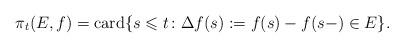
LaTeX: \begin{align*}\pi_t(E, f) = {\rm card}\{s\leqslant t\colon \Delta f(s):=f(s) - f(s-) \in E \}.\end{align*}